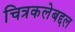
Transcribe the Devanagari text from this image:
चित्रकलेबद्दल